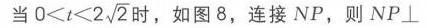
当\(0 < t < 2\sqrt{2}\)时，如图8，连接\(NP\)，则\(NP\perp\)